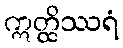
ဣတ္ထိဿရံ